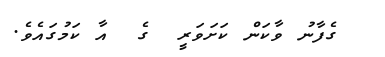
ގެފާނު ވާކަން ކަށަވަރީ  ގެ  އާ ކަމުގައެވެ.